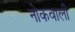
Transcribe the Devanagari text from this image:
नोकवाली